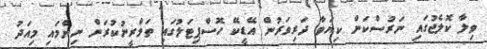
ވިލާ ކޮލެޖުގައި ނަރުސްކަން ކިޔަވާ ދަރިވަރުން އޭޑީކޭ ހޮސްޕިޓަލުގައި ތަމްރީނުކުރަން ނިންމައި މިއަދު